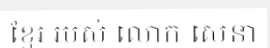
ខ្មែរ របស់ លោក សេនា